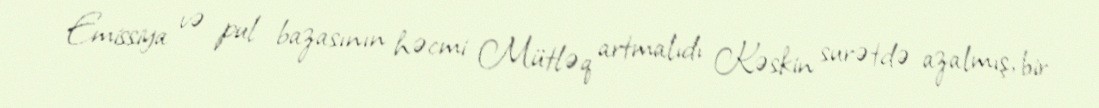
Emissiya və pul bazasının həcmi Mütləq artmalıdı Kəskin surətdə azalmış, bir